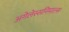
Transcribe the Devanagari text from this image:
अगेलेस्सनिमाल्स